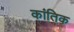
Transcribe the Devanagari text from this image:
कांतिक